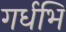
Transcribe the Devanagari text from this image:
गर्धभि